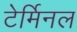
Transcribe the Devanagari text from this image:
टेर्मिनल